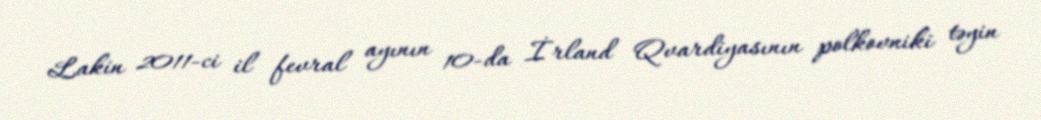
Lakin 2011-ci il fevral ayının 10-da İrland Qvardiyasının polkovniki təyin